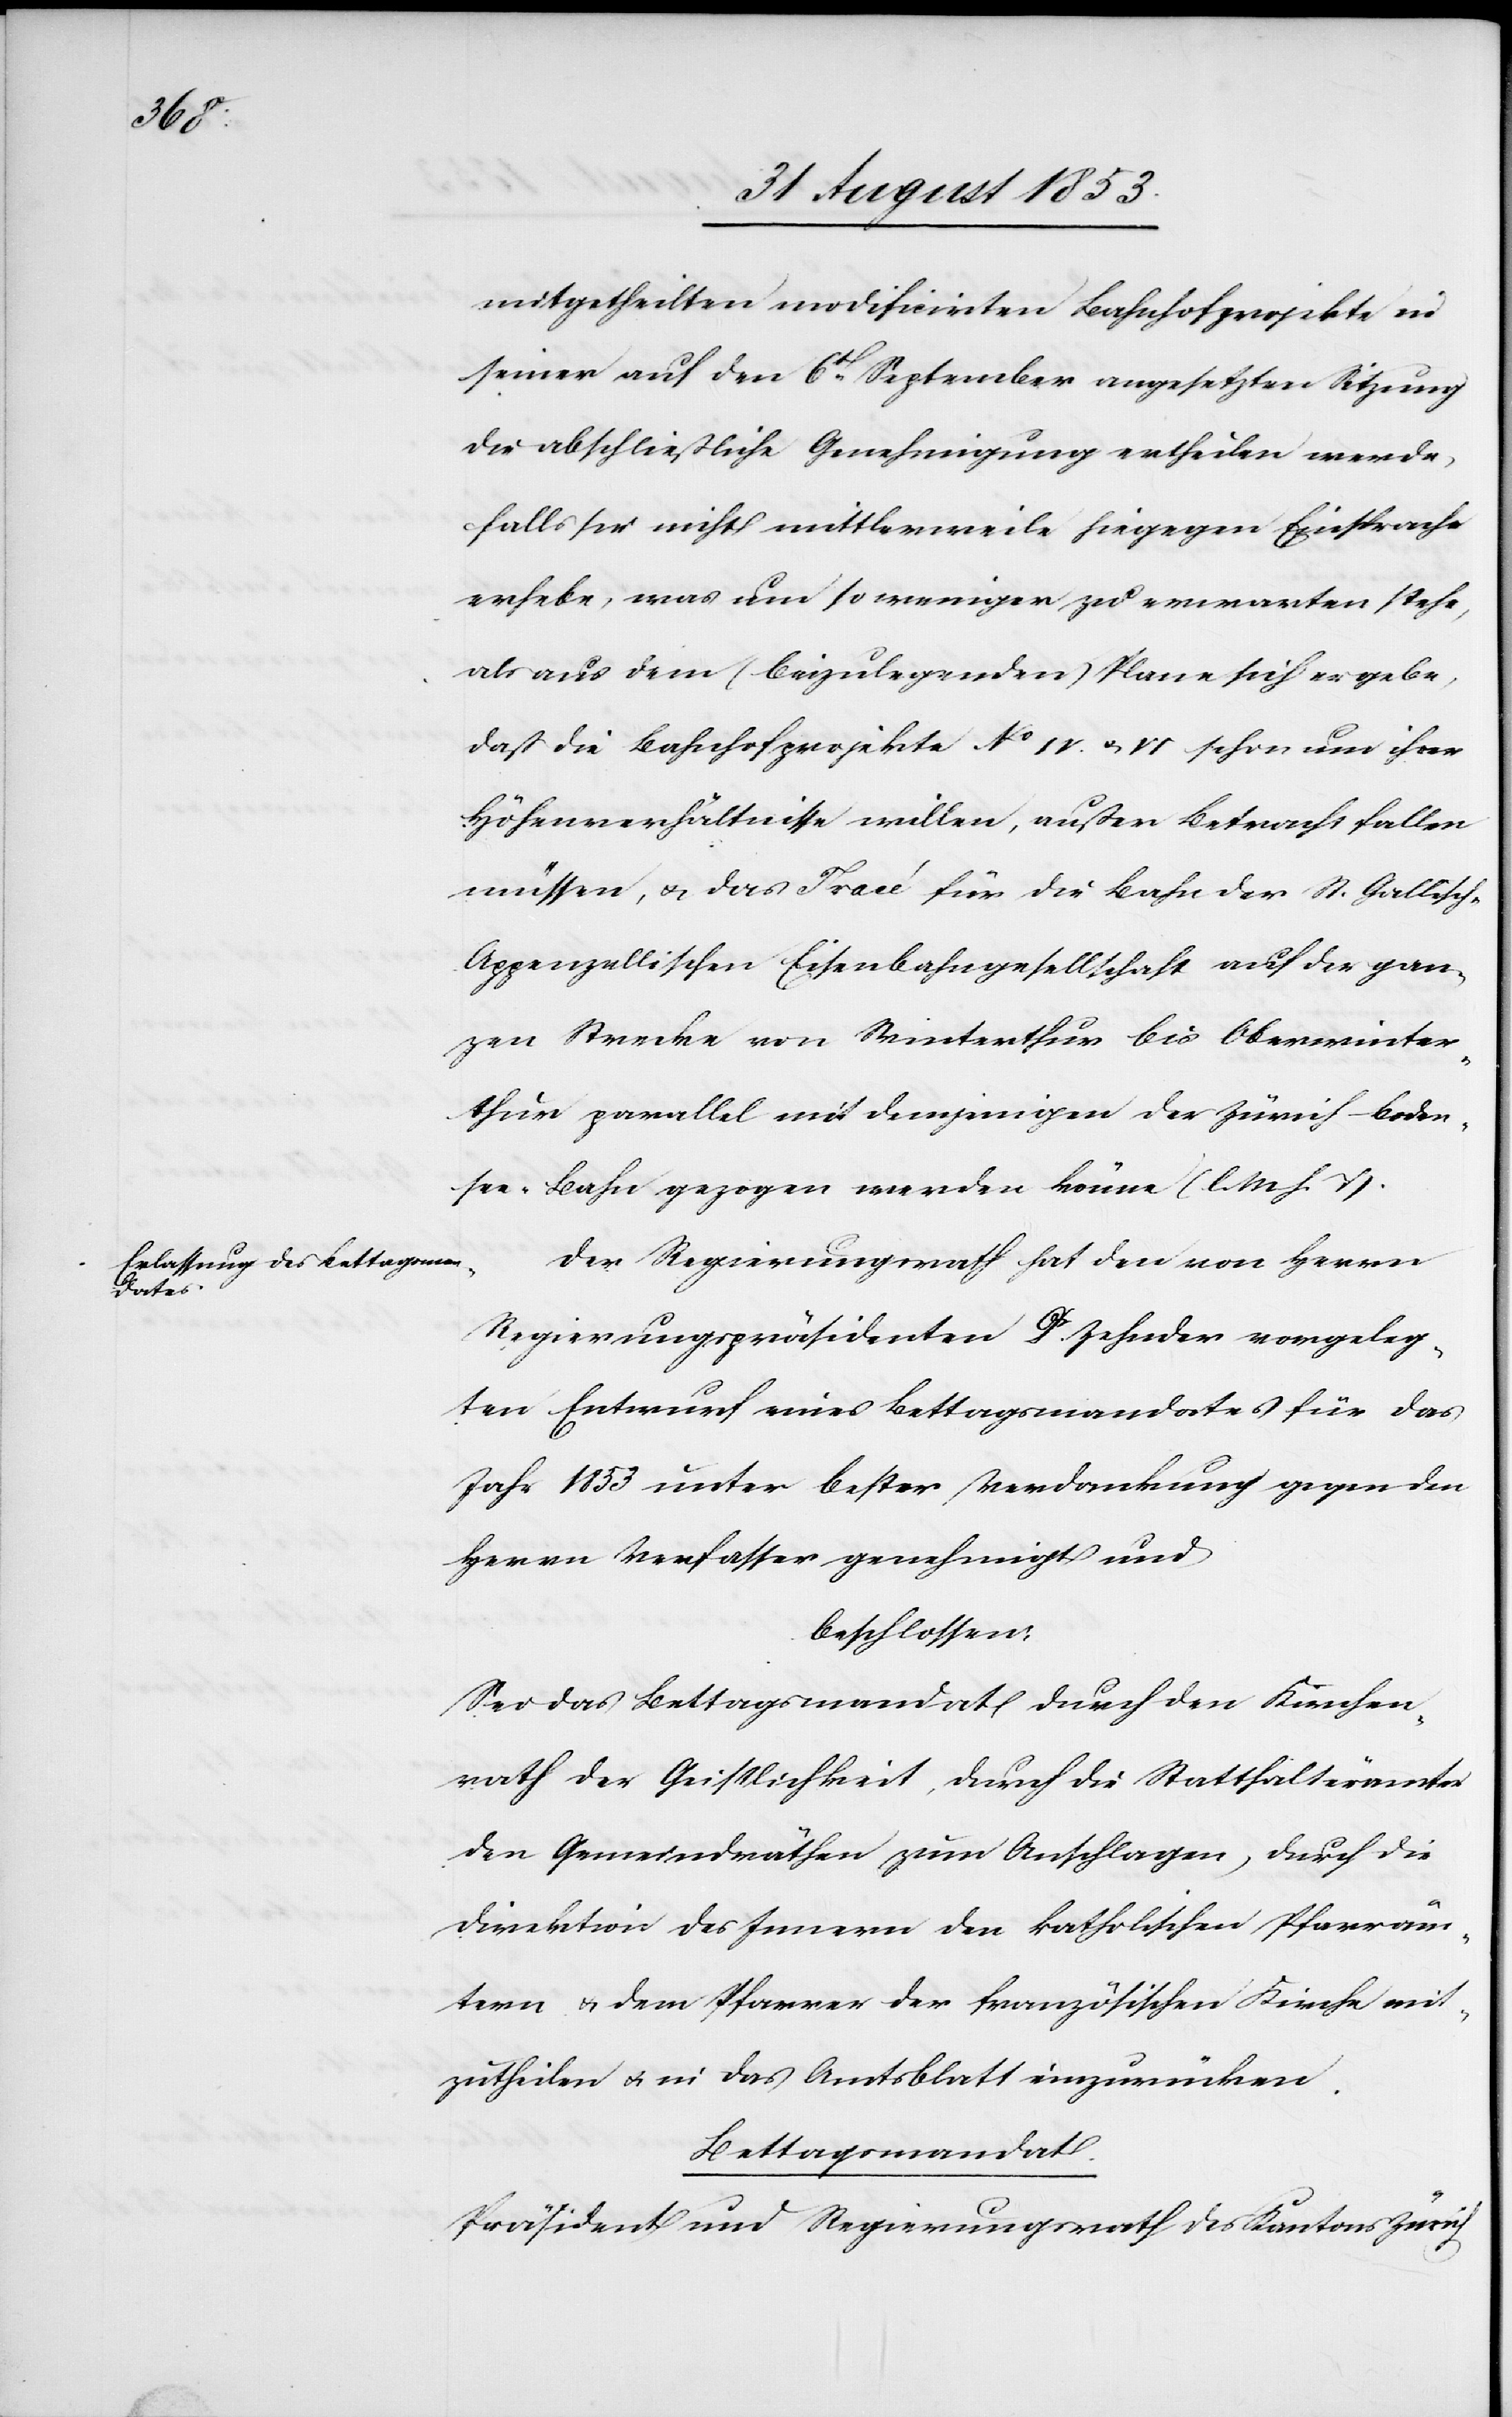
mitgetheilten modifizirten Bahnhofprojekte in
seiner auf den 6t September angesetzten Sitzung
die abschließliche Genehmigung ertheilen werde,
falls sie nicht mittlerweile hiegegen Einsprache
erhebe, was um so weniger zu erwarten stehe,
als aus dem (beizulegenden) Plane sich ergebe,
daß die Bahnhofprojekte N° IV u. VI schon um ihrer
Höhenverhältnisse willen, außer Betracht fallen
müssen, u. das Tracé für die Bahn der St. Gallisc¬
h-Appenzellischen Eisenbahngesellschaft auf der gan¬
zen Strecke von Winterthur bis Oberwinter¬
thur parallel mit demjenigen der Zürich-Boden¬
see-Bahn gezogen werden könne. [l. M. h. T]
Der Regierungsrath hat den von Herrn
Regierungspräsidenten Dr Zehnder vorgeleg¬
ten, Entwurf eines Bettagsmandates für das
Jahr 1853 unter bester Verdankung gegen den
Herrn Verfasser genehmigt und
beschlossen:
Sei das Bettagsmandat durch den Kirchen¬
rath der Geistlichkeit, durch die Statthalterämter
den Gemeindräthen zum Anschlagen, durch die
Direktion des Innern den katholischen Pfarräm¬
tern u. dem Pfarrer der französischen Kirche mit¬
zutheilen u. in das Amtsblatt einzurücken.
Bettagsmandat.
Präsident und Regierungsrath des Kantons Zürich